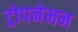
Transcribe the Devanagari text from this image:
ट्रोपनेमन